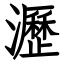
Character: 瀝